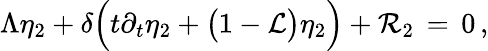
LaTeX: \Lambda\eta_{2}+\delta\Bigl(t\partial_{t}\eta_{2}+\bigl(1-\mathcal{L}\bigr)\eta_{2}\Bigr)+\mathcal{R}_{2}\, =\, 0\, ,